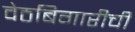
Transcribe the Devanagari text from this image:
वेठबिगारीची